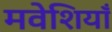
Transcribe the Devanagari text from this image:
मवेशियाँ